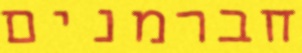
חברמנים